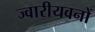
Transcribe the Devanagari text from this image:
ज्वारीयवनों